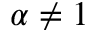
\alpha \neq 1